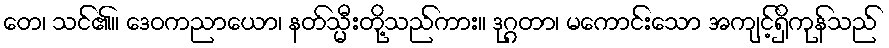
တေ၊ သင်၏။ ဒေဝကညာယော၊ နတ်သ္မီးတို့သည်ကား။ ဒုဂ္ဂတာ၊ မကောင်းသော အကျင့်ရှိကုန်သည်